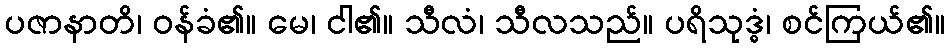
ပဇာနာတိ၊ ဝန်ခံ၏။ မေ၊ ငါ၏။ သီလံ၊ သီလသည်။ ပရိသုဒ္ဓံ၊ စင်ကြယ်၏။